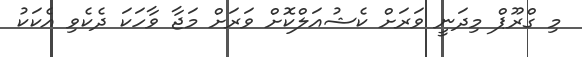
މި ގްރޫޕް މިދަނީ ވަރަށް ކެޝުއަލްކޮށް ވަރަށް މަޖާ ވާހަކަ ދެކެވި އެކަކު